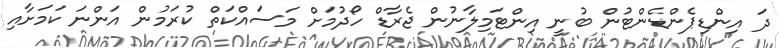
ދަ އިންޑިޕެންޑެންޓުން ބުނީ އިންޓަމިލާނުން ޖެރާޑް ހޯދުމަށް މަސައްކަތް ކުރަމުން އަންނަ ކަމަށާއި